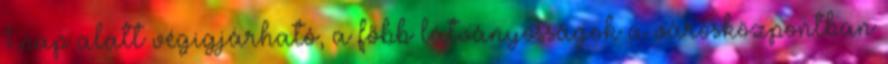
1 nap alatt végigjárható, a főbb látványosságok a városközpontban